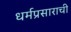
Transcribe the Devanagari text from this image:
धर्मप्रसाराची